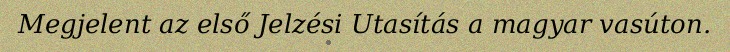
Megjelent az első Jelzési Utasítás a magyar vasúton.